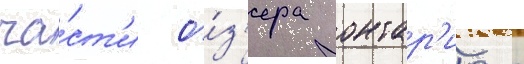
ча́ст'и о́з'ера онтар'ио с